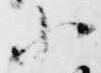
小